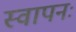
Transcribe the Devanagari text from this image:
स्वापनः